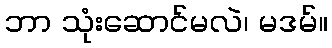
ဘာ သုံးဆောင်မလဲ၊ မဒမ်။